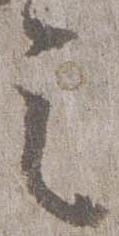
之